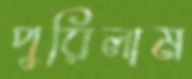
পুরিলাম